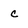
Character: c